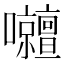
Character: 𡅹